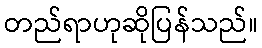
တည်ရာဟုဆိုပြန်သည်။